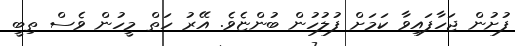
ފުށުން ޖަހާފައިވާ ކަމަށް ފުލުހުން ބުންޏެވެ. އޭރު ހަތް މީހުން ވެސް ތިބީ